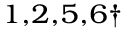
^ { 1 , 2 , 5 , 6 \dagger }